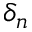
\delta _ { n }